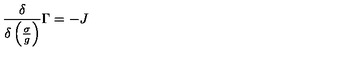
\frac { \delta } { \delta \left( \frac { \sigma } { g } \right) } \Gamma = - J